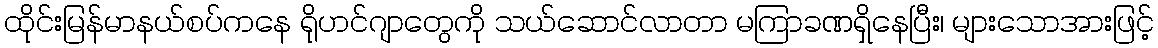
ထိုင်းမြန်မာနယ်စပ်ကနေ ရိုဟင်ဂျာတွေကို သယ်ဆောင်လာတာ မကြာခဏရှိနေပြီး၊ များသောအားဖြင့်